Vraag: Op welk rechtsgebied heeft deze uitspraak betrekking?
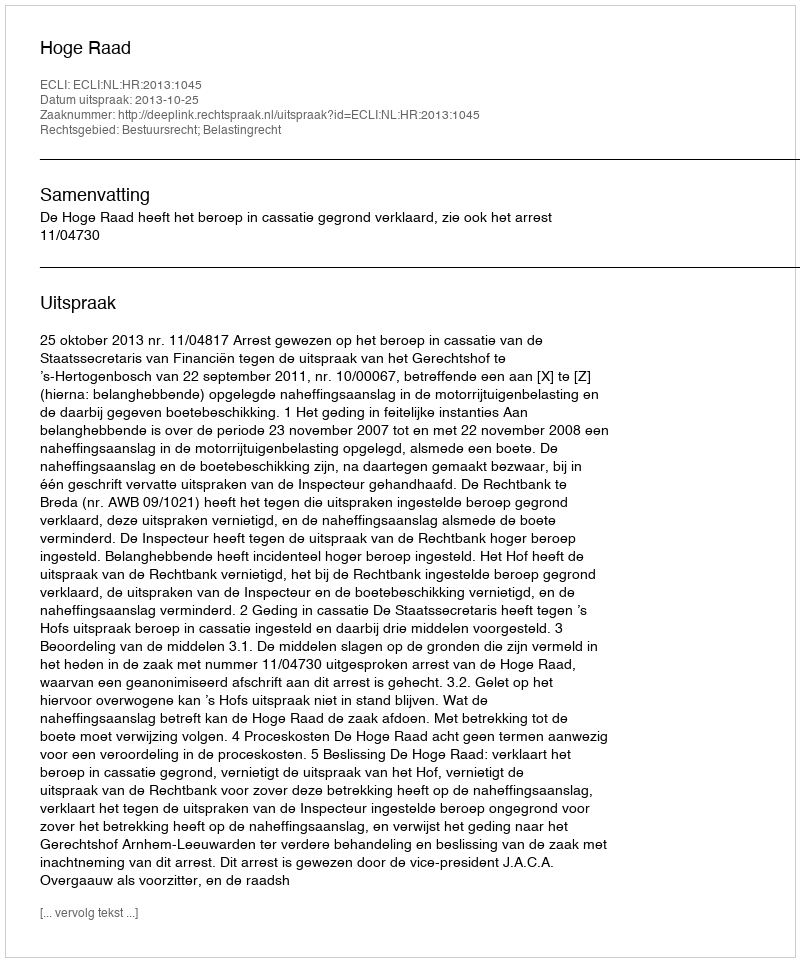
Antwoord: Bestuursrecht; Belastingrecht